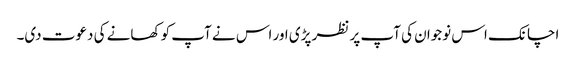
اچانک اس نوجوان کی آپ پر نظر پڑی اور اس نے آپ کو کھانے کی دعوت دی۔